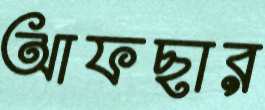
আফছার